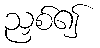
ညှစ်၍